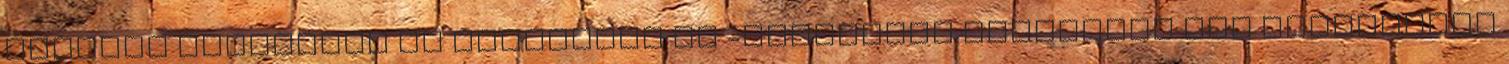
katonai létszámot az olajkutak és -vezetékek védelmére nem véletlenek